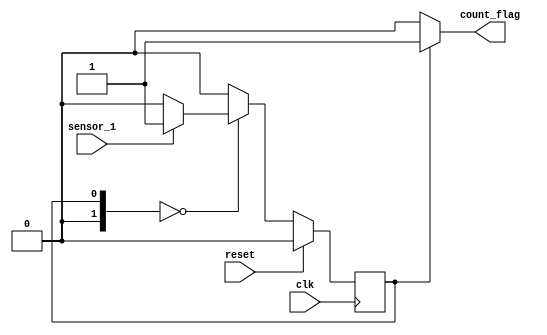
`timescale 1ns / 1ps

module FSM(
input clk,
input reset,
input sensor_1,
output count_flag);

localparam S00 = 0, FLAG = 1;
reg [1:0] current_state = 0; 
reg [1:0] next_state = 0; 
reg set_flag = 1; 
always @(posedge clk) begin
    if (reset) current_state <= S00;
    else current_state <= next_state;
end
always @(current_state, sensor_1)
begin
    case(current_state)
        S00: begin
            if (sensor_1)
                next_state = FLAG;
            else
                next_state = S00;
        end
        FLAG: begin
            next_state = S00;
        end
        default: begin 
            next_state = S00;
        end
endcase
end
always @(current_state) begin
    case (current_state)
        S00: begin
        set_flag = 0;
    end
        FLAG: begin
        set_flag = 1;
    end
    default: begin
        set_flag = 0;
    end
endcase
end
assign count_flag = set_flag;
endmodule